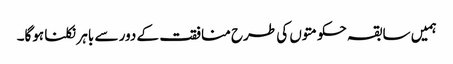
ہمیں سابقہ حکومتوں کی طرح منافقت کے دور سے باہر نکلنا ہوگا۔